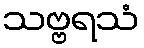
သဗ္ဗရသံ